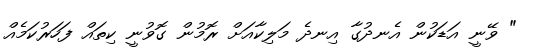
" ވޭނީ އަޑަކުން އެނދުގާ އިނދެ މަލިކާއަށް ރޮމުން ގޮވުނީ ކިތައް ފަހަރުކަމެއް